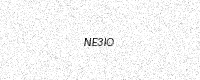
Text: NE3IO